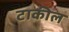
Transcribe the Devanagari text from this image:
टाकील